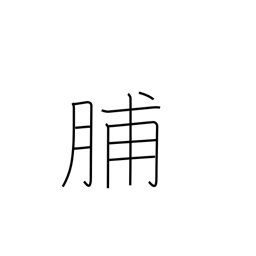
Meaning: dried meat